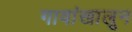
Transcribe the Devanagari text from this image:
गावांखालून